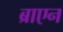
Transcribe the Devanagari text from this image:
ब्राएन